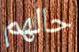
حالهم